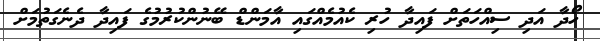
ހޯދާ އަދި ސިއްހަތަށް ފައިދާ ހުރި ކެއުމެއްގައި އާމަންޑް ބޭނުންކުރުމުގެ ފައިދާ ދެނެގަތުމަށް